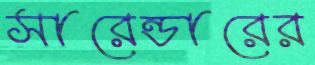
সারেন্ডারের